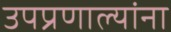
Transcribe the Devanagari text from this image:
उपप्रणाल्यांना